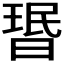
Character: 𬁂